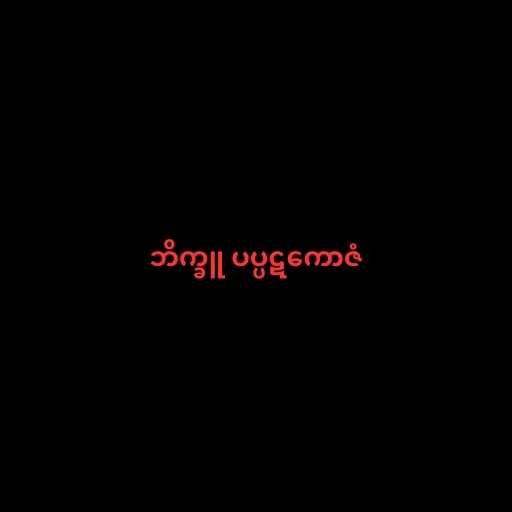
ဘိက္ခူ ပပ္ပဋကောဇံ